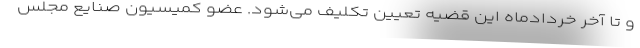
و تا آخر خردادماه این قضیه تعیین تکلیف می‌شود. عضو کمیسیون صنایع مجلس